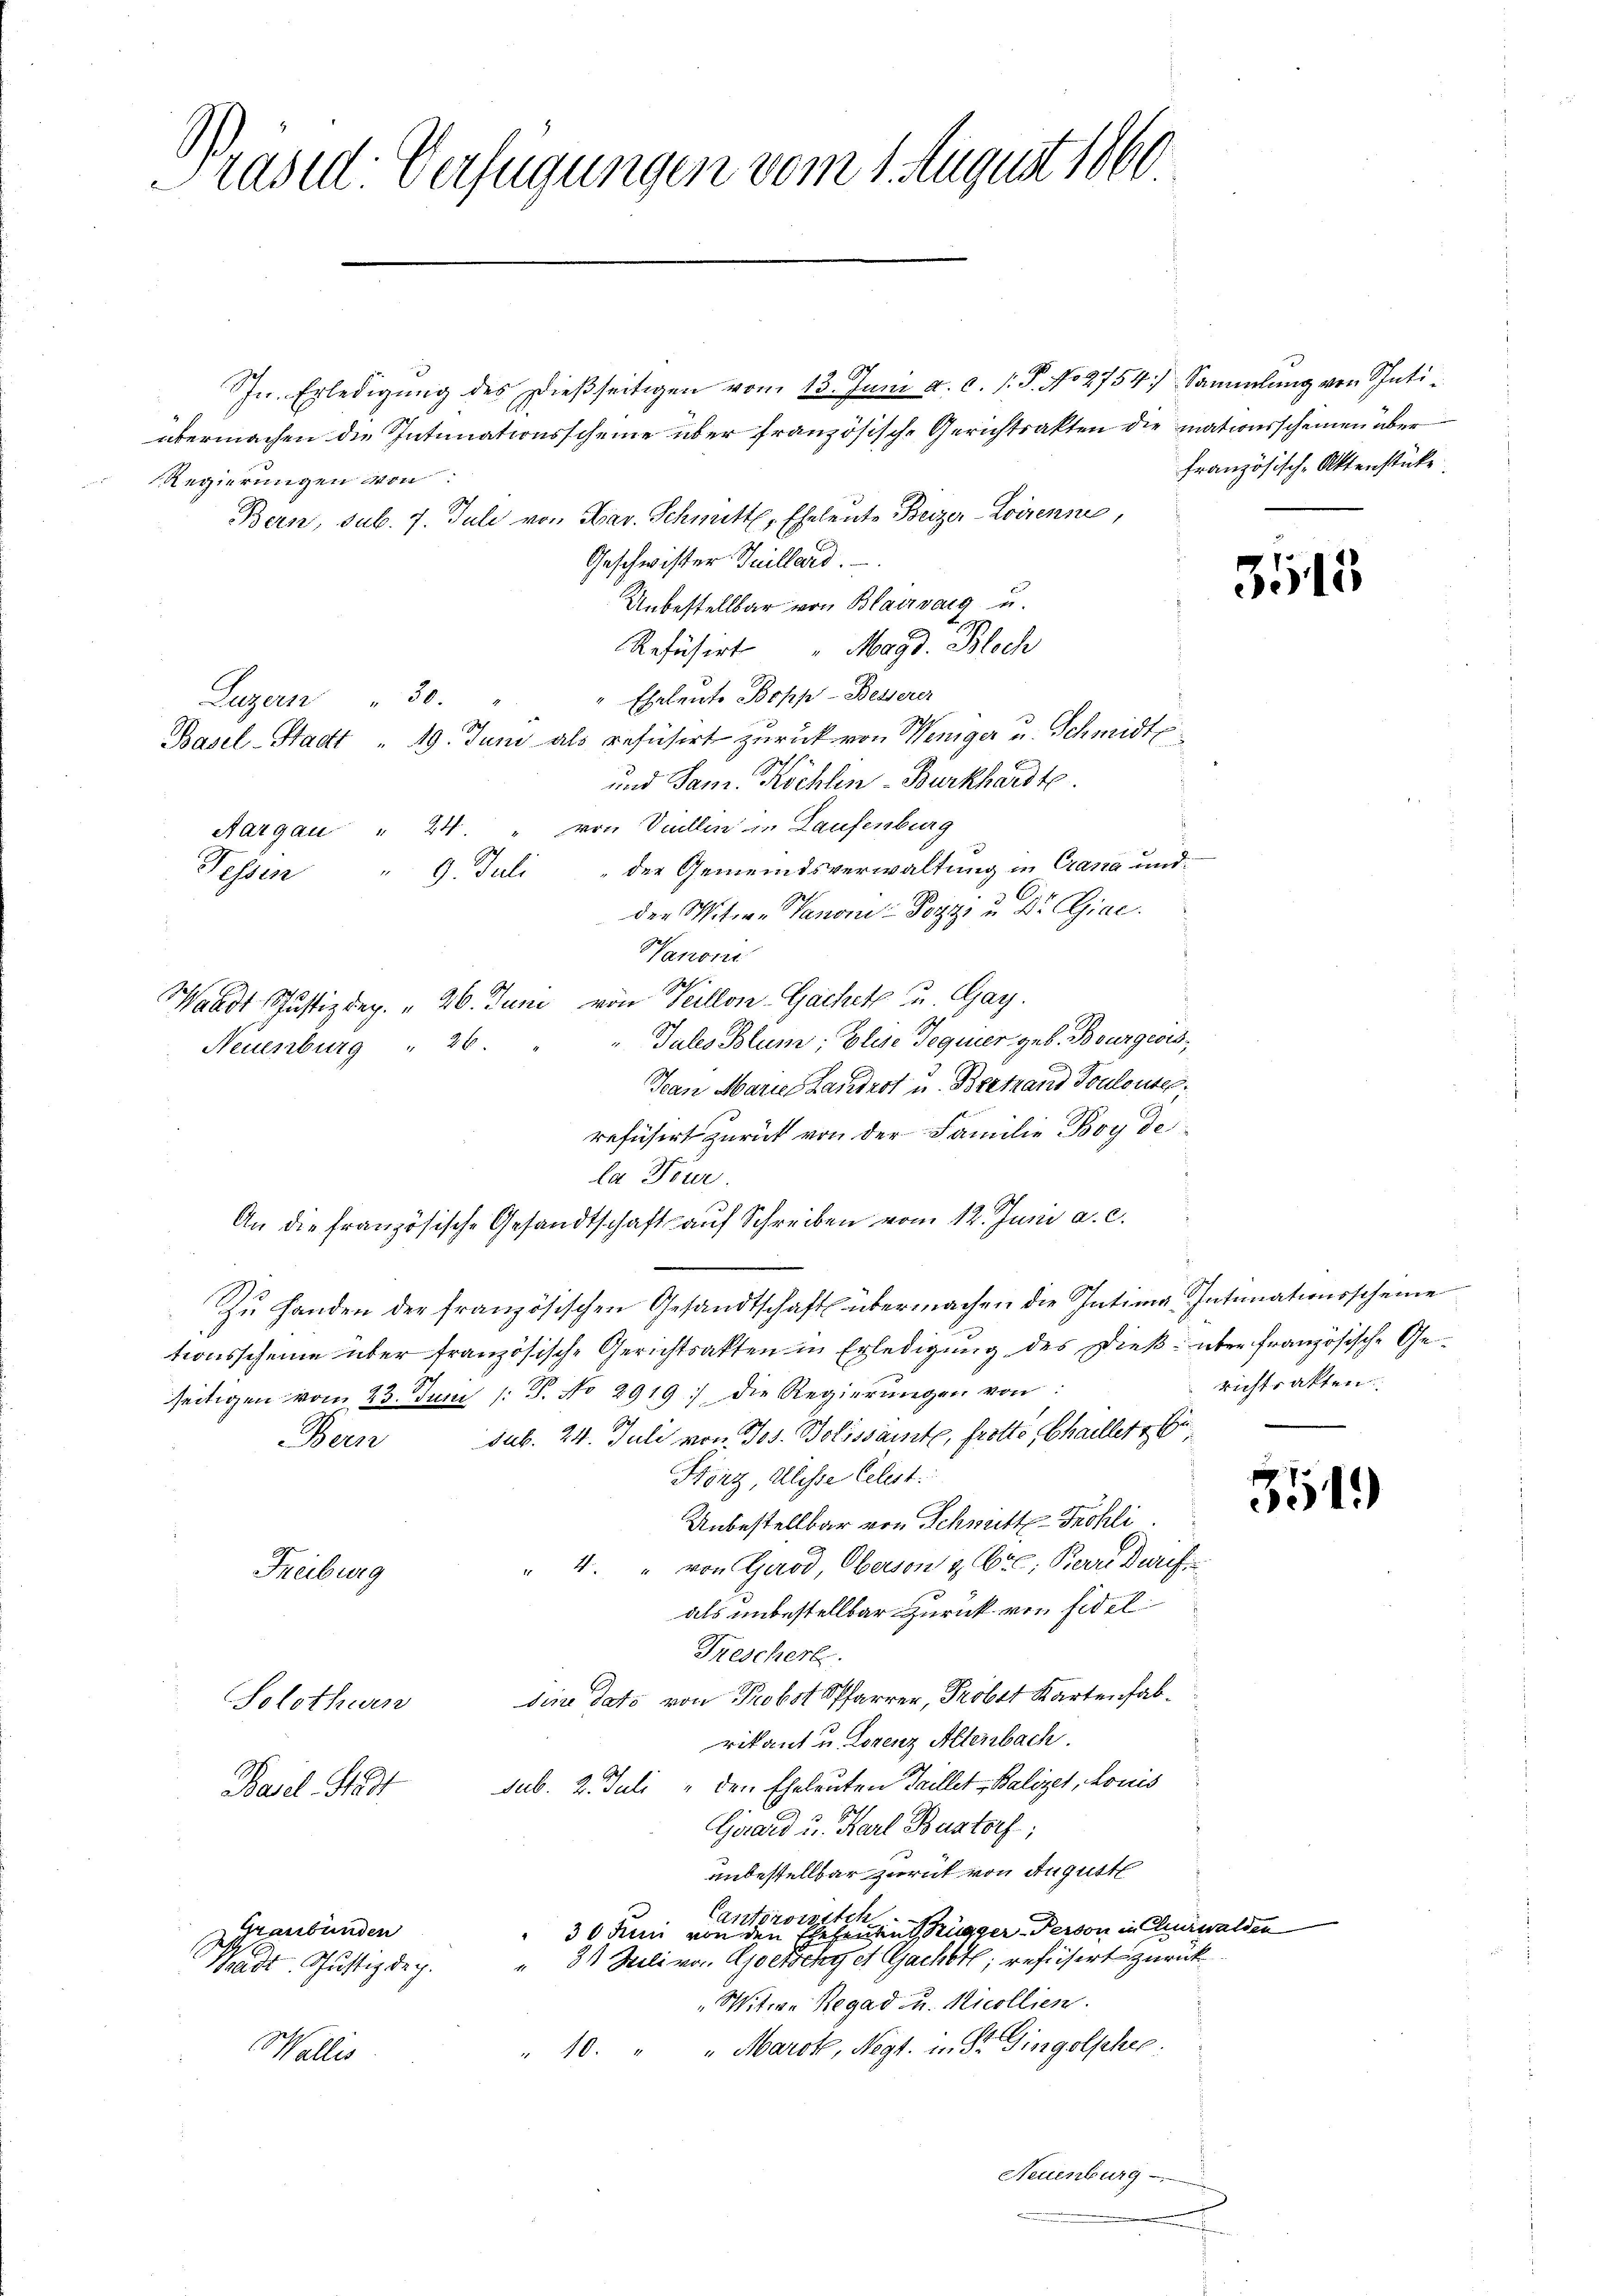
Präsid: Verfügungen vom 4. August 1860

In. Erledigŭng des Dieβseitigen vom 13. Juni a.c. s. S. No 2754), Sammlung von Schatiübermachen die Intimationsscheine über französische Gerichtsakten die mationsscheinen über
Regierungen von
Bern, sub. 7. Juli von Sav. Schmittl, Eheleute Beizer-Loorenne,
Geschwister Juillard.
Unbestellbar von Blairvarg u.
Refüsirt " Magd. Bloch
Eheleute Bopp-Besserer
Luzern 30.
Basel-Stadt " 19. Juni als refüsirt zurück von Weniger u. Schmidt
und Sam. Köchlen-Burkhardt.
Aargau " 24. " von Viellen in Laufenburg
der Gemeindsverwaltung in Crana und
Fessen " 9. Juli
den Mitwe Panore Post u. Dr. Giae.
Vanoni
Geh.
Waadt Justizdep. 26. Juni von Seillon-Gachet u. Gay.
Jules Blum; Elise Tequier, geb. Bourgeois,
Neuenburg " 20.
Han Marie Handert u. Bertrand Touleute.
refüsirt zurück von der Familie Boy de
la Tur
An die französische Gesandtschaft auf Schreiben vom 12. Juni a. c.
Zŭ handen der französischen Gesandtschaft übermachen die Intima Intimationsscheine
tionsscheine über französische Gerichtsakten in Erledigung des Dieß über französische Gerichtsakten.
seitigen vom 23. Juni / 5. No 2919) die Regierŭngen von
Bern sub. 24. Juli von Jos. Bolissante, frotte, Chaillet,
Hinz, Alesse Celest
Unbestellbar von Schmitte Fröhli
" 4. " von Girod, Oberson & Cie, Berre Durch
Freiburg
als unbestellbar zurück von Fidel
Freschert.
dii dato von Probst Pfarrer, Probst Kartenfab¬
Solothurn
rikant u. Lorenz Altenbach.
sub. 2. Juli " den Eheleuten Teillet Balizet, Louis
Bail. Stadt
Girard u. Karl Bastorf,
unbestellbar zurück von August
Cantorowitch
Graubünden
 30 Juni von den Ehehendent, Brugger Person in Churwalden
" 31 Stieli von Goetschy et Gacht; refusert zurück
Waadt. Justiz de c.
„Witwe Regad u. Nicollien.
" 10. " " Marot, Negt. in Dr. Gingolpher
Wallis
Neuenburg

französisch-Aktenstücke

3515

351)